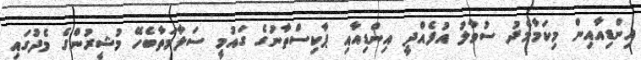
އިންޑިއާއިން މިކަމާމެދު ސުވާލު އުފެއްދީ އިންޑިއާއި ޕާކިސްތާނުގެ ގައުމީ ސަލާމަތާބެހޭ މުޝީރުންގެ މެދުގައި